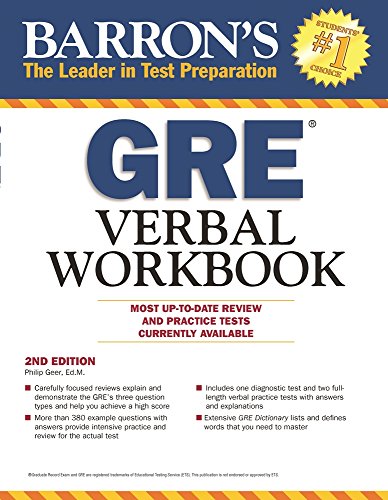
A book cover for Barron's GRE Verbal Workbook, 2nd Edition; Philip Geer Ed.M; Test Preparation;